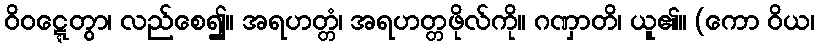
ဝိဝဋ္ဋေတွာ၊ လည်စေ၍။ အရဟတ္တံ၊ အရဟတ္တဖိုလ်ကို။ ဂဏှာတိ၊ ယူ၏။ (ကော ဝိယ၊